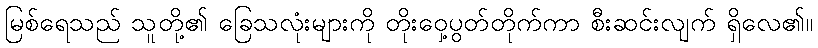
မြစ်ရေသည် သူတို့၏ ခြေသလုံးများကို တိုးဝှေ့ပွတ်တိုက်ကာ စီးဆင်းလျက် ရှိလေ၏။